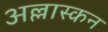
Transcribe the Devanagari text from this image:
अल्लास्कन